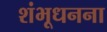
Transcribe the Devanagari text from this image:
शंभूधनना